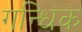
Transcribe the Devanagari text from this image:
गन्धिक